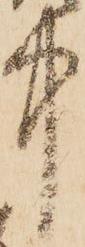
中